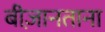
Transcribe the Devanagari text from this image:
बीज़ानताना